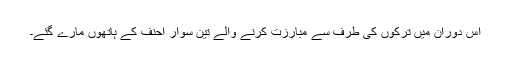
اس دوران میں ترکوں کی طرف سے مبارزت کرنے والے تین سوار احنف کے ہاتھوں مارے گئے۔